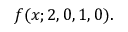
f ( x ; 2 , 0 , 1 , 0 ) .